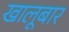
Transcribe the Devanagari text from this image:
खालूबार